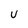
Character: U